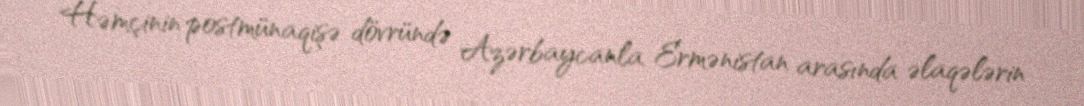
Həmçinin postmünaqişə dövründə Azərbaycanla Ermənistan arasında əlaqələrin